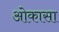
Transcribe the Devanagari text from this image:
ओकासा